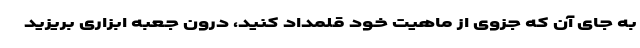
به جای آن که جزوی از ماهیت خود قلمداد کنید، درون جعبه ابزاری بریزید